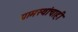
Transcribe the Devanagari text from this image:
ग्रामस्थांचाही